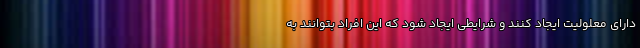
دارای معلولیت ایجاد کنند و شرایطی ایجاد شود که این افراد بتوانند به